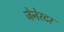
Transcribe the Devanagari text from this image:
जेनेरटर